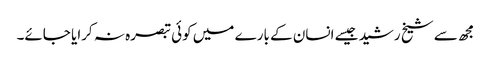
مجھ سے شیخ رشید جیسے انسان کے بارے میں کوئی تبصرہ نہ کرایا جائے۔